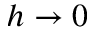
h \rightarrow 0